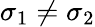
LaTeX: \sigma_{1}\neq\sigma_{2}